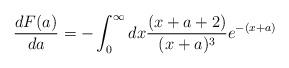
LaTeX: \begin{align*}\frac{dF(a)}{da}=-\int_0^\infty dx\frac{(x+a+2)}{(x+a)^3}e^{-(x+a)}\end{align*}